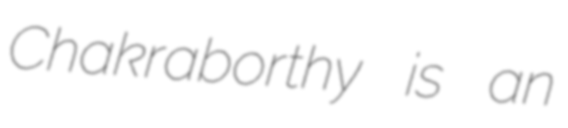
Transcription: Chakraborthy is an